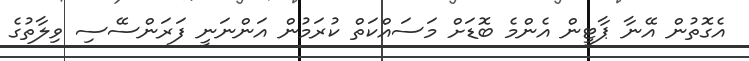
އެގޮތުން އޭނާ ޕާޓީން އެންމެ ބޮޑަށް މަސައްކަތް ކުރަމުން އަންނަނީ ފަރަންސޭސި ވިލާތުގެ